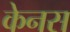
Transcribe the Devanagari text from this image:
केनस